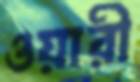
ওয়ারী